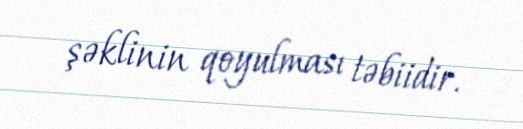
şəklinin qoyulması təbiidir.